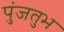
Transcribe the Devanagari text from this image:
पुंजतुभ